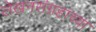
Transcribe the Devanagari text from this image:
लेखनसंग्रहाच्या